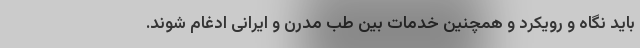
باید نگاه و رویکرد و همچنین خدمات بین طب مدرن و ایرانی ادغام شوند.